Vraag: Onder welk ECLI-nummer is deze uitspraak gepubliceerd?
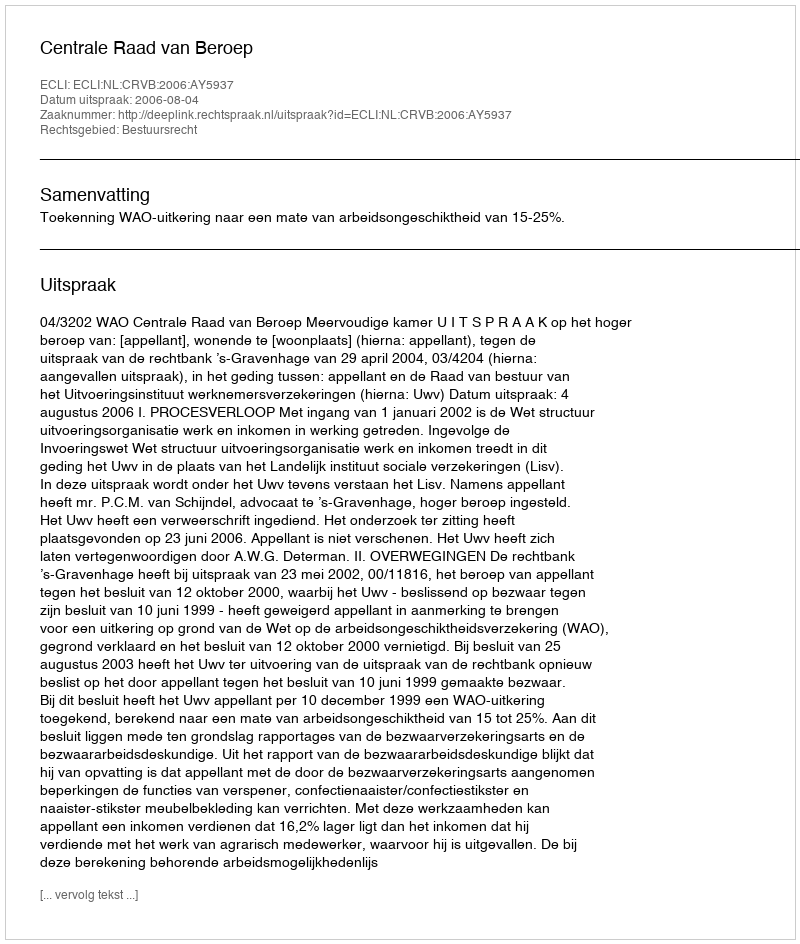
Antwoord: ECLI:NL:CRVB:2006:AY5937